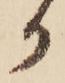
か